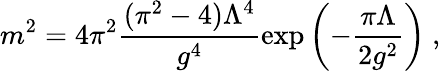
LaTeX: {m^{2}={4\pi^{2}}\frac{(\pi^{2}-4)\Lambda^{4}}{g^{4}}\exp\left(-\frac{\pi\Lambda}{2g^{2}}\right)}\ ,